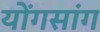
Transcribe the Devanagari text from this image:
योंगसांग